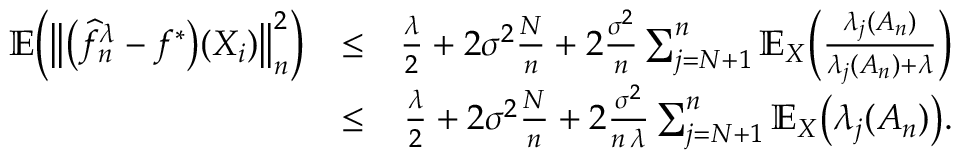
\begin{array} { r l r } { \mathbb { E } \Big ( \big \| \big ( \widehat f _ { n } ^ { \lambda } - f ^ { * } \big ) ( X _ { i } ) \big \| _ { n } ^ { 2 } \Big ) } & { \leq } & { \frac { \lambda } { 2 } + 2 \sigma ^ { 2 } \frac { N } { n } + 2 \frac { \sigma ^ { 2 } } { n } \sum _ { j = N + 1 } ^ { n } \mathbb E _ { X } \Big ( \frac { \lambda _ { j } ( A _ { n } ) } { \lambda _ { j } ( A _ { n } ) + \lambda } \Big ) } \\ & { \leq } & { \frac { \lambda } { 2 } + 2 \sigma ^ { 2 } \frac { N } { n } + 2 \frac { \sigma ^ { 2 } } { n \, \lambda } \sum _ { j = N + 1 } ^ { n } \mathbb E _ { X } \big ( \lambda _ { j } ( A _ { n } ) \big ) . } \end{array}